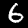
Digit: 6